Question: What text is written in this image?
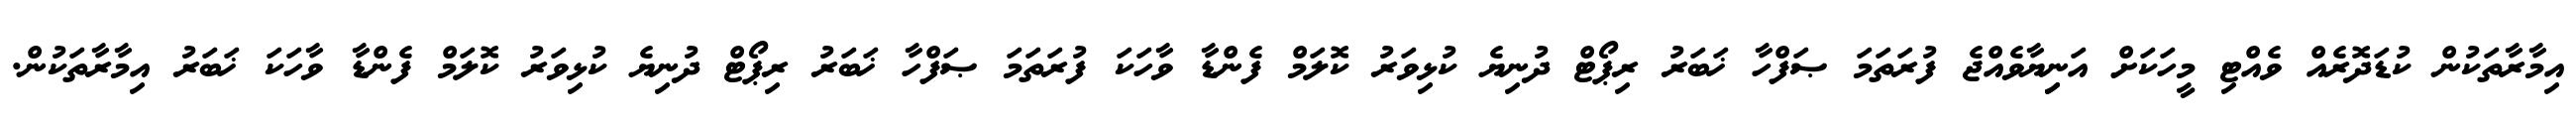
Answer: އިމާރާތަކުން ކުޑަދޮރެއް ވެއްޓި މީހަކަށް އަނިިޔާވެއްޖެ ފުރަތަމަ ޞަފްހާ ޚަބަރު ރިޕޯޓް ދުނިޔެ ކުޅިވަރު ކޮލަމް ފެންޑާ ވާހަކަ ފުރަތަމަ ޞަފްހާ ޚަބަރު ރިޕޯޓް ދުނިޔެ ކުޅިވަރު ކޮލަމް ފެންޑާ ވާހަކަ ޚަބަރު އިމާރާތަކުން.